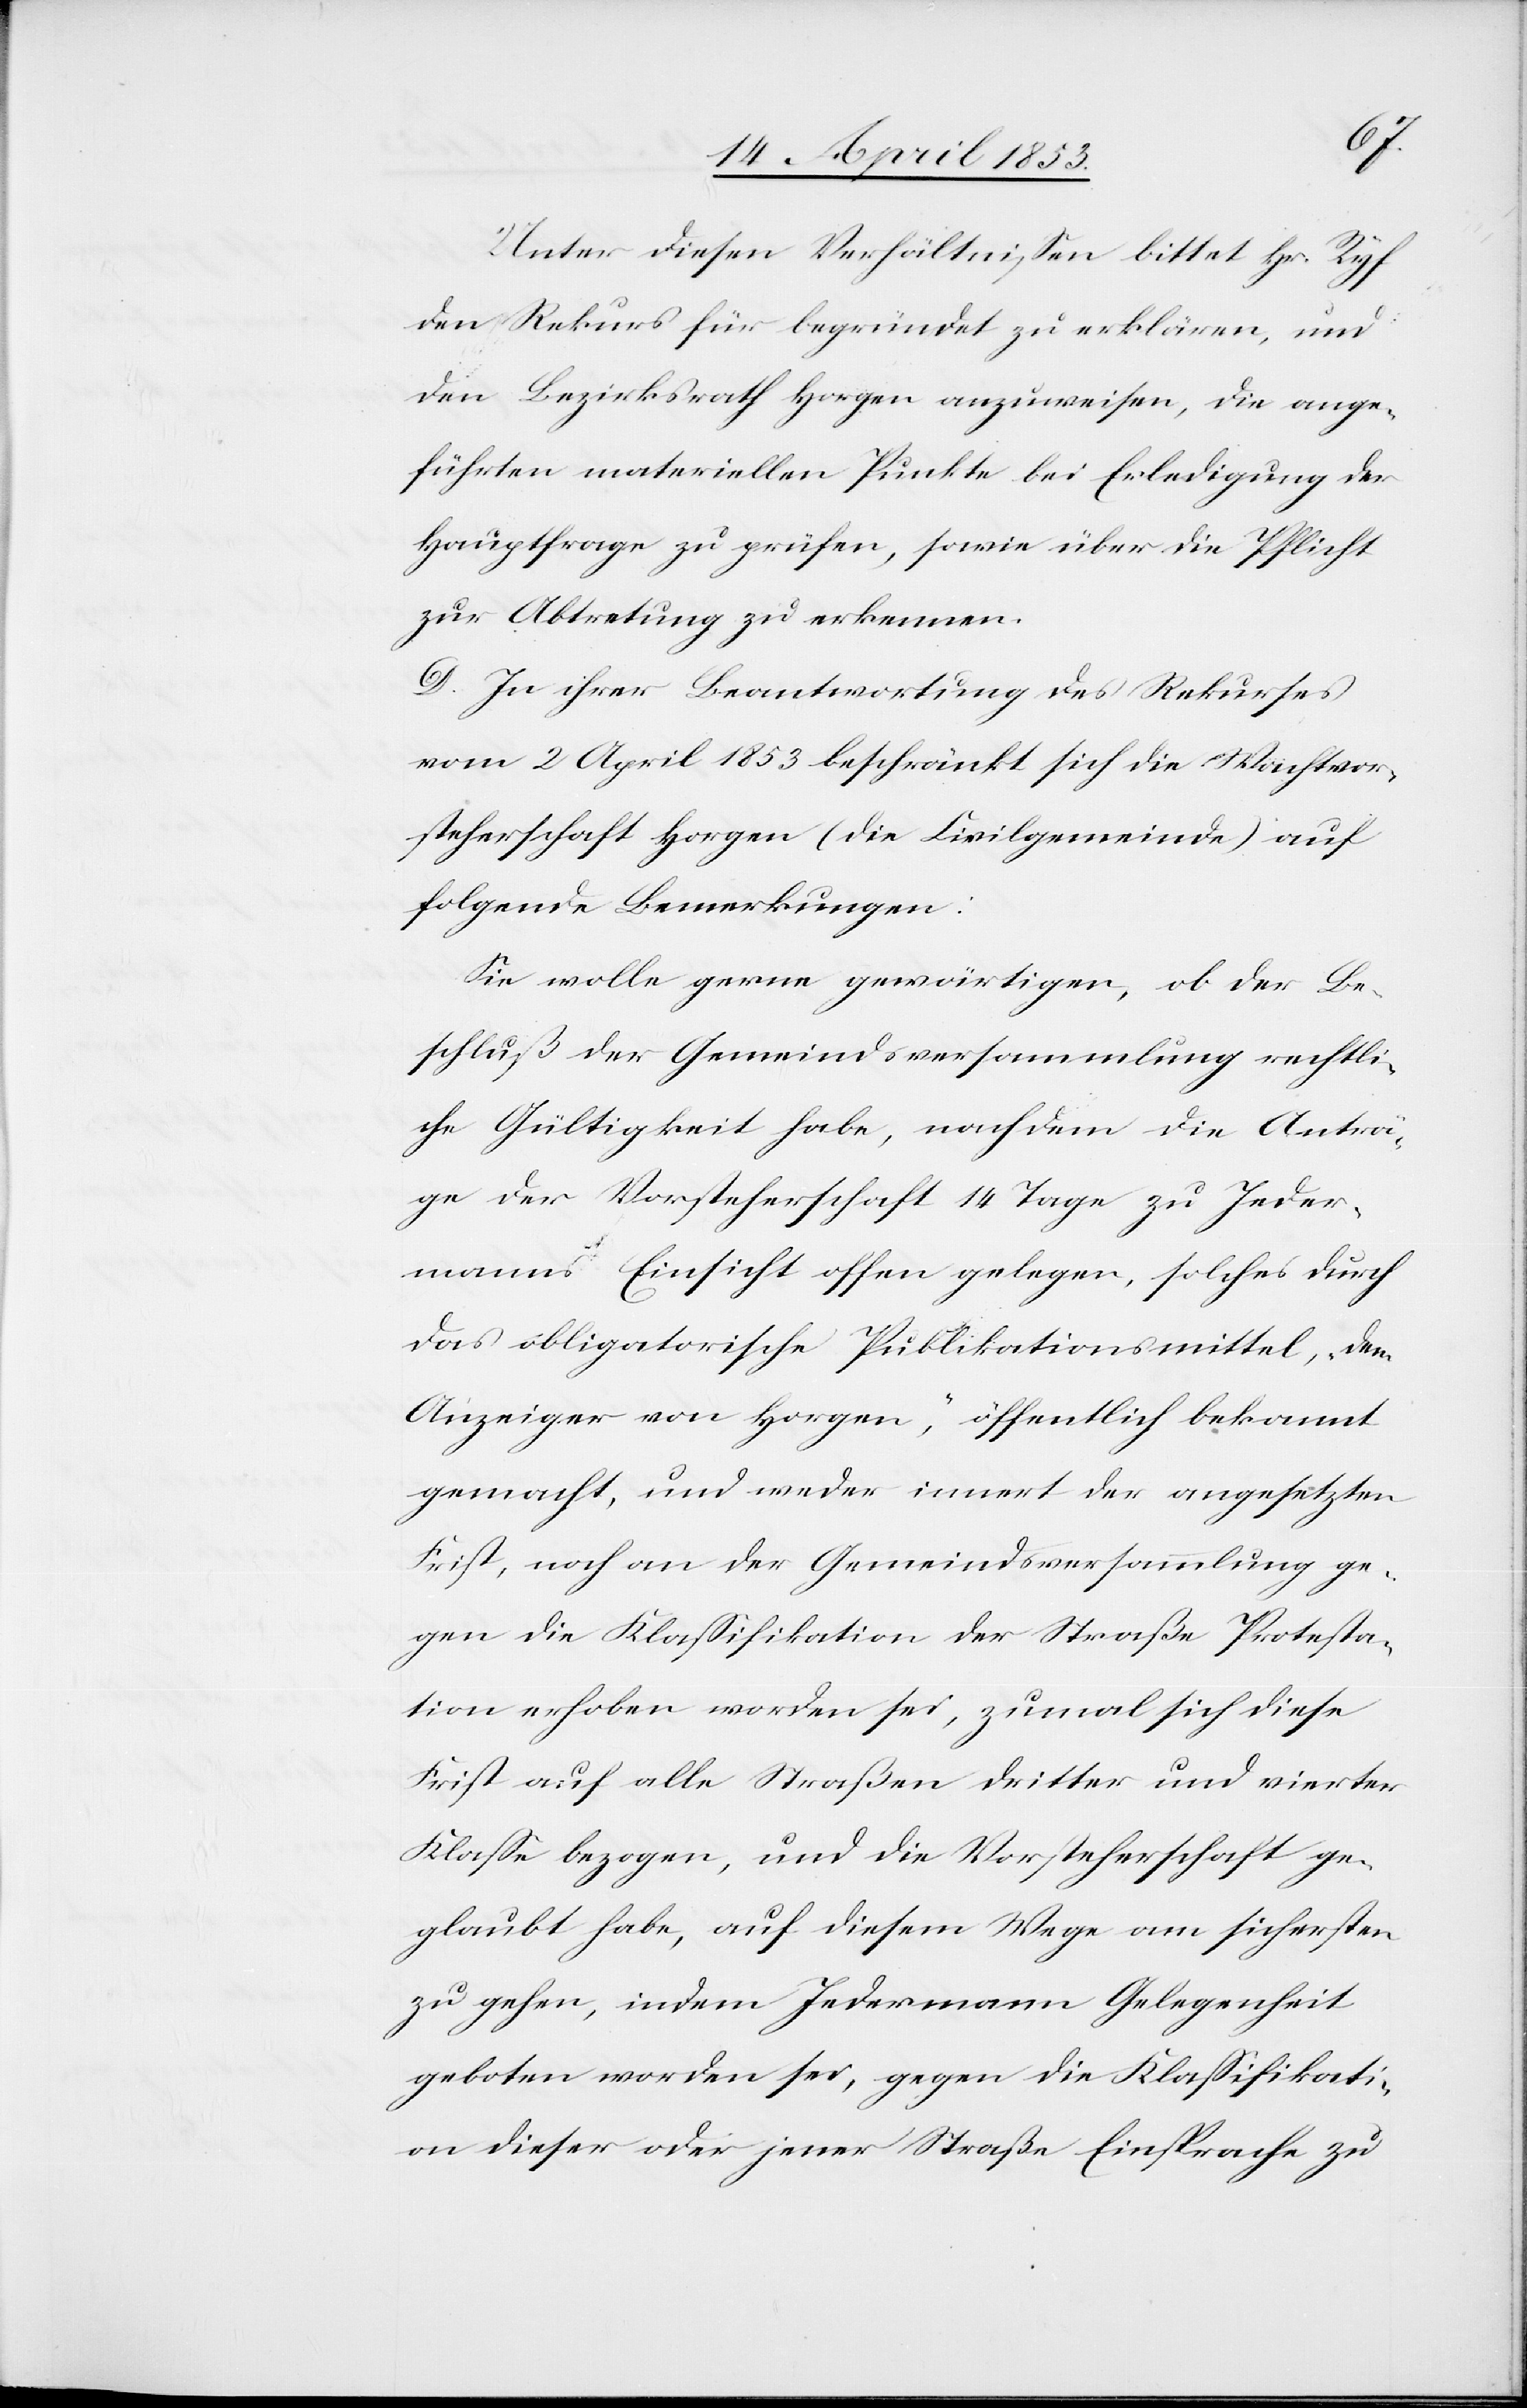
Unter diesen Verhältnißen bittet Hr. Ryf
den Rekurs für begründet zu erklären, und
den Bezirksrath Horgen anzuweisen, die ange¬
führten materiellen Punkte bei Erledigung der
Hauptfrage zu prüfen, sowie über die Pflicht
zur Abtretung zu erkennen.
D. In ihrer Beantwortung des Rekurses
vom 2 April 1853 beschränkt sich die Wachtvor¬
steherschaft Horgen (die Civilgemeinde) auf
folgende Bemerkungen:
Sie wolle gerne gewärtigen, ob der Be¬
schluß der Gemeindsversammlung rechtli¬
che Gültigkeit habe, nachdem die Anträ¬
ge der Vorsteherschaft 14 Tage zu Jeder¬
manns Einsicht offen gelegen, solches durch
das obligatorische Publikationsmittel, „dem
Anzeiger von Horgen“, öffentlich bekannt
gemacht, und weder innert der angesetzten
Frist, noch an der Gemeindsversammlung ge¬
gen die Klaßifikation der Straße Protesta¬
tion erhoben worden sei, zumal sich diese
Frist auf alle Straßen dritter und vierter
Klaße bezogen, und die Vorsteherschaft ge¬
glaubt habe, auf diesem Wege am sichersten
zu gehen, indem Jedermann Gelegenheit
geboten worden sei, gegen die Klaßifikati¬
on dieser oder jener Straße Einsprache zu